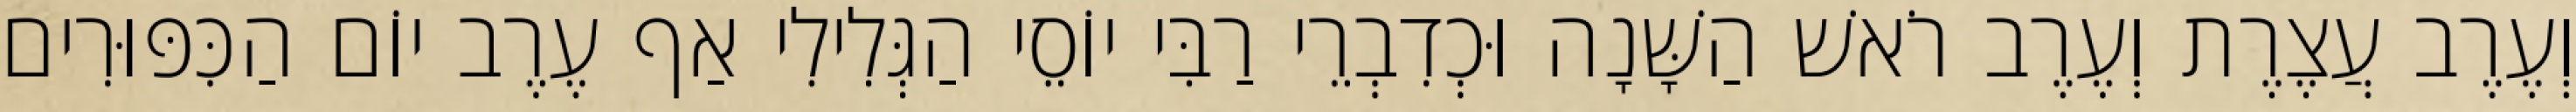
וְעֶרֶב עֲצֶרֶת וְעֶרֶב רֹאשׁ הַשָּׁנָה וּכְדִבְרֵי רַבִּי יוֹסֵי הַגְּלִילִי אַף עֶרֶב יוֹם הַכִּפּוּרִים